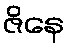
ဇိနေ